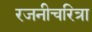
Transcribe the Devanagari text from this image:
रजनीचरित्रा